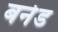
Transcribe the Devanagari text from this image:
बर्नड